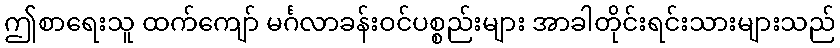
ဤစာရေးသူ ထက်ကျော် မင်္ဂလာခန်းဝင်ပစ္စည်းများ အာခါတိုင်းရင်းသားများသည်